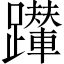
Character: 𨇍